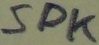
Text: SPK